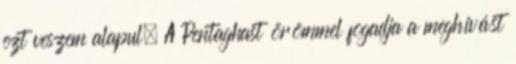
ezt veszem alapul. A Pentaghast örömmel fogadja a meghívást